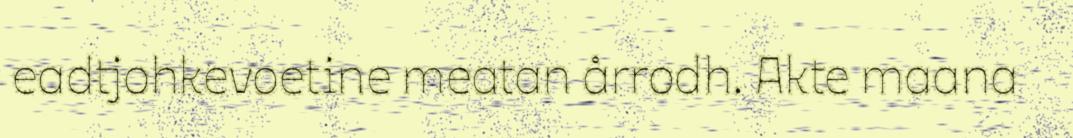
eadtjohkevoetine meatan årrodh. Akte maana